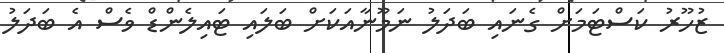
ޒުހޫރު ކަސްޓަމަށް ގެނައި ބަދަލު ނަމޫނާއަކަށް ބަަލައި ޓައިލެންޑް ވެސް އެ ބަދަލު